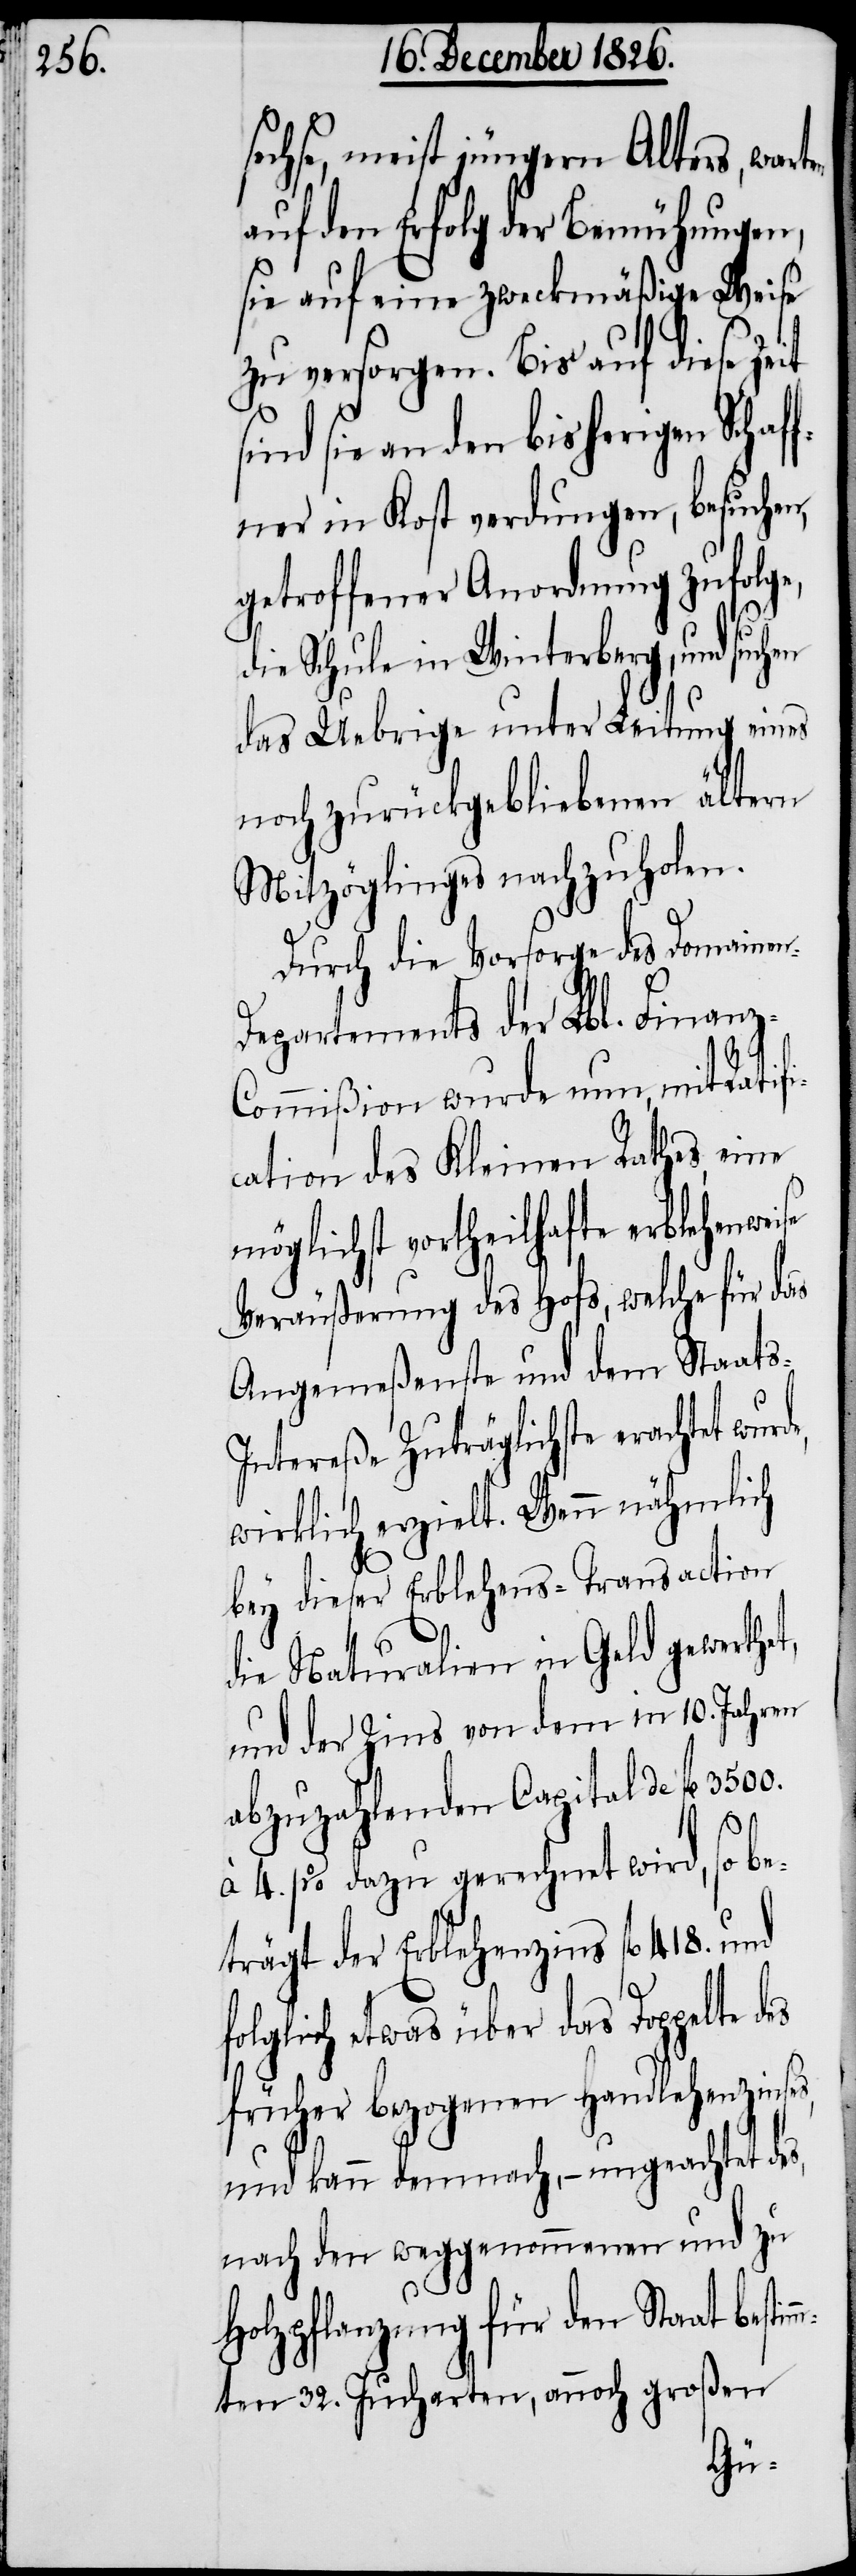
sechse, meist jüngern Alters, warten
auf den Erfolg der Bemühungen,
sie auf eine zweckmäßige Weise
zu versorgen. Bis auf diese Zeit
ind sie an den bisherigen Schaf¬
fner in Kost verdungen, besuchen,
getroffener Anordnung zufolge,
die Schule in Winterberg, und, suchen
das Uebrige unter Leitung eines
noch zurückgebliebenen ältern
Mitzöglinges nachzuholen.
Durch die Vorsorge des Domainen-D¬
epartements der Lbl. Finanz-C¬
ommißion wurde nun, mit Ratifi¬
cation des Kleinen Rathes, eine
möglichst vortheilhafte erblehenweise
Veräußerung des Hofs, welche für das
Angemeßenste und dem Staat¬
ntereße Zuträglichste erachtet
wirklich erzielt. Wenn nähmlich
bey dieser Erblehens-Transaction
die Naturalien in Geld gewerthe¬
und der Zins von dem in 10. Jahren
abzuzahlenden Capital de fl. 3500.
à 4.% dazu gerechnet wird, so be¬
trägt der Erblehenzins fl. 418. und
folglich etwas über das Doppelte
früher bezogenen Handlehenzinses,
und kann demnach, – ungeachtet des,
nach den weggenommenen und zu
Holzpflanzung für den Staat besti¬
ten 32. Jucharten, annoch großen
mm¬